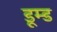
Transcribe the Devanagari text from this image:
डूम्ड